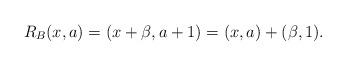
LaTeX: \begin{align*}R_B(x,a) = (x+\beta, a+1) = (x,a)+(\beta,1).\end{align*}